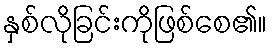
နှစ်လိုခြင်းကိုဖြစ်စေ၏။